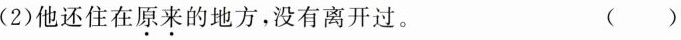
(2)他还住在原来的地方，没有离开过。 ( )